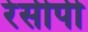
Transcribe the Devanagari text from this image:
रेसीपी